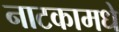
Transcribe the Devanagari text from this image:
नाटकामधे